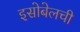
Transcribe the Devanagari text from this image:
इसोबेलची